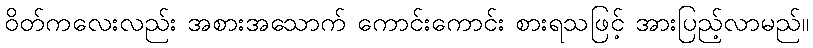
ဝိတ်ကလေးလည်း အစားအသောက် ကောင်းကောင်း စားရသဖြင့် အားပြည့်လာမည်။